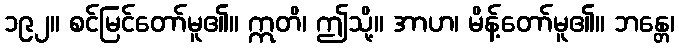
၁၉၂။ စင်မြင်တော်မူ၏။ ဣတိ၊ ဤသို့။ အာဟ၊ မိန့်တော်မူ၏။ ဘန္တေ၊